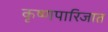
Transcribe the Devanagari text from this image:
कृष्णपारिजात